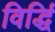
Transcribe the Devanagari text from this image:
विर्द्धि